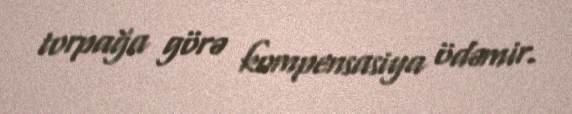
torpağa görə kompensasiya ödəmir.